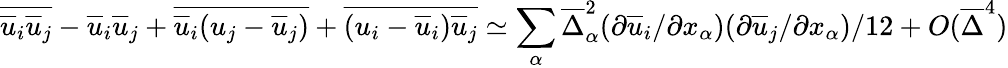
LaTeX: \overline{{\overline{{u}}_{i}\overline{{u}}_{j}}}-\overline{{u}}_{i}\overline{{u}}_{j}+\overline{{\overline{{u}}_{i}(u_{j}-\overline{{u}}_{j})}}+\overline{{(u_{i}-\overline{{u}}_{i})\overline{{u}}_{j}}}\simeq\sum_{\alpha}\overline{{\Delta}}_{\alpha}^{2}(\partial\overline{{u}}_{i}/\partial x_{\alpha})(\partial\overline{{u}}_{j}/\partial x_{\alpha})/12+O(\overline{{\Delta}}^{4})